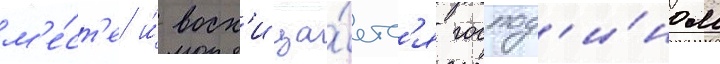
м'е́ст'е и́ восх'ища́етс'я господ'и́ном